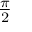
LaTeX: \begin{array} { l } { { \frac { \pi } { 2 } } } \end{array}